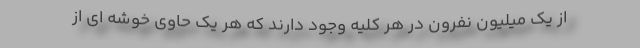
از یک میلیون نفرون در هر کلیه وجود دارند که هر یک حاوی خوشه ای از